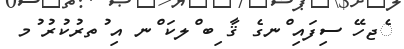
ެޖހޭ ސިފައި ްނގެ ޤާ ިބ ްލކަ ްނ އި ުތރުކުރު ުމ